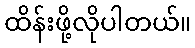
ထိန်းဖို့လိုပါတယ်။